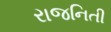
રાજનિતી